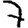
Digit: 7